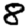
Digit: 8